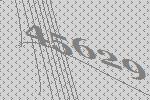
45629